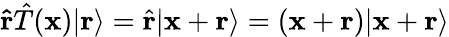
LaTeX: \mathbf{\hat{r}}{\hat{T}}(\mathbf{x})|\mathbf{r}\rangle={\hat{\mathbf{r}}}|\mathbf{x}+\mathbf{r}\rangle=(\mathbf{x}+\mathbf{r})|\mathbf{x}+\mathbf{r}\rangle